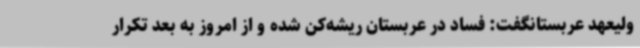
ولیعهد عربستانگفت: فساد در عربستان ریشه‌کن شده و از امروز به بعد تکرار